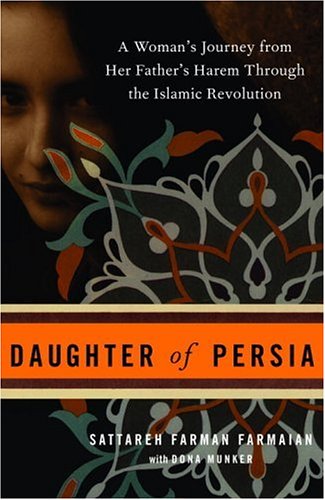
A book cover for Daughter of Persia: A Woman's Journey from Her Father's Harem Through the Islamic Revolution; Sattareh Farman Farmaian; Biographies & Memoirs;